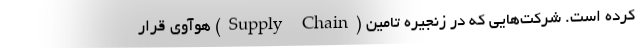
کرده است. شرکت‌هایی که در زنجیره تامین (Supply Chain) هوآوی قرار